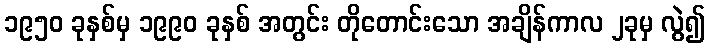
၁၉၅၀ ခုနှစ်မှ ၁၉၉၀ ခုနှစ် အတွင်း တိုတောင်းသော အချိန်ကာလ ၂ခုမှ လွဲ၍